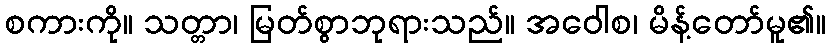
စကားကို။ သတ္တာ၊ မြတ်စွာဘုရားသည်။ အဝေါစ၊ မိန့်တော်မူ၏။